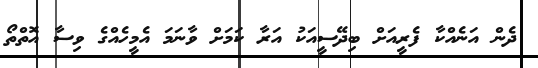
ދެން އަނެއްކާ ފެރީއަށް ބިދޭސީއަކު އަރާ ކަމަށް ވާނަމަ އެމީހެއްގެ ވިސާ އޮތްތޯ